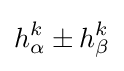
h_{\alpha }^{k}\pm h_{\beta }^{k}